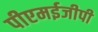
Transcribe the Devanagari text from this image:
पीएमईजीपी